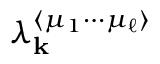
\lambda _ { \mathbf { k } } ^ { \langle \mu _ { 1 } \cdots \mu _ { \ell } \rangle }